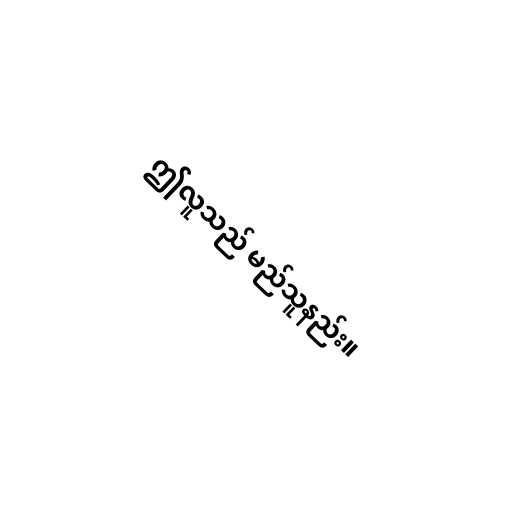
ဤလူသည် မည်သူနည်း။